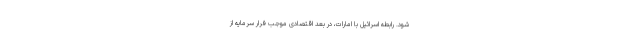
شود. رابطه اسرائیل با امارات، در بعد اقتصادی موجب فرار سرمایه از